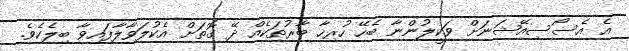
އެ އެސޯސިއޭޝަނަށް ވަކީލުންނާ ބެހޭ ހުރިހާ ބާރުތަކެއް ދޭ ގޮތަށް އެކުލަވާލާފައިވާ ބިލެކެވެ.